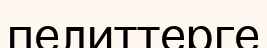
пелиттерге